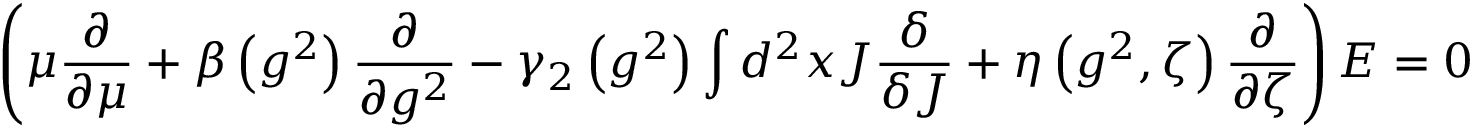
\left( \mu \frac { \partial } { \partial \mu } + \beta \left( g ^ { 2 } \right) \frac { \partial } { \partial g ^ { 2 } } - \gamma _ { 2 } \left( g ^ { 2 } \right) \int d ^ { 2 } x J \frac { \delta } { \delta J } + \eta \left( g ^ { 2 } , \zeta \right) \frac { \partial } { \partial \zeta } \right) E = 0